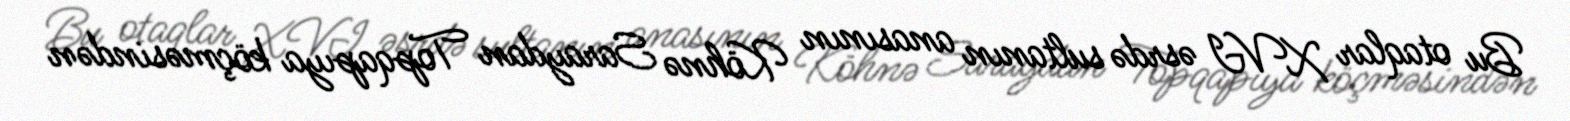
Bu otaqlar XVI əsrdə sultanın anasının Köhnə Saraydan Topqapıya köçməsindən